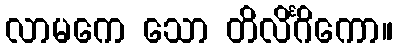
လာမကေ သော တိလိင်္ဂိကော။